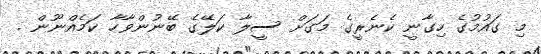
މި ގައުމުގެ ހިގާނީ ކެނެރީގެ މަގަށް ސީލާ ކަލޭގެ ބޭނުންވާހާ ކަމެއްނޫން .